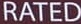
RATED